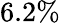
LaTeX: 6.2\%